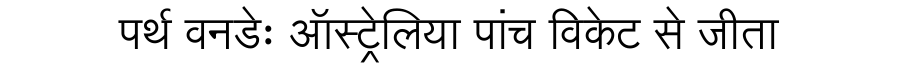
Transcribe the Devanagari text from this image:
पर्थ वनडेः ऑस्ट्रेलिया पांच विकेट से जीता